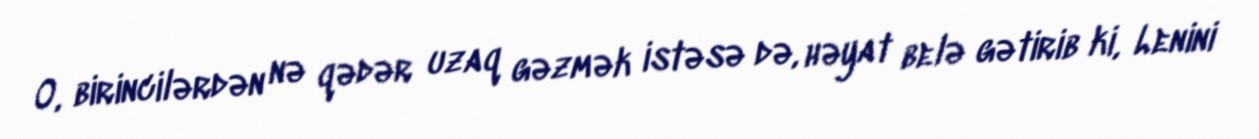
O, birincilərdən nə qədər uzaq gəzmək istəsə də, həyat belə gətirib ki, Lenini